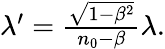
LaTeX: \begin{array}{r}{\lambda^{\prime}=\frac{\sqrt{1-\beta^{2}}}{n_{0}-\beta}\lambda.}\end{array}